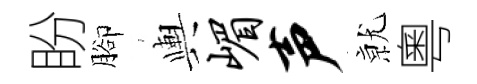
盼腳輿嵋声𭕒粵